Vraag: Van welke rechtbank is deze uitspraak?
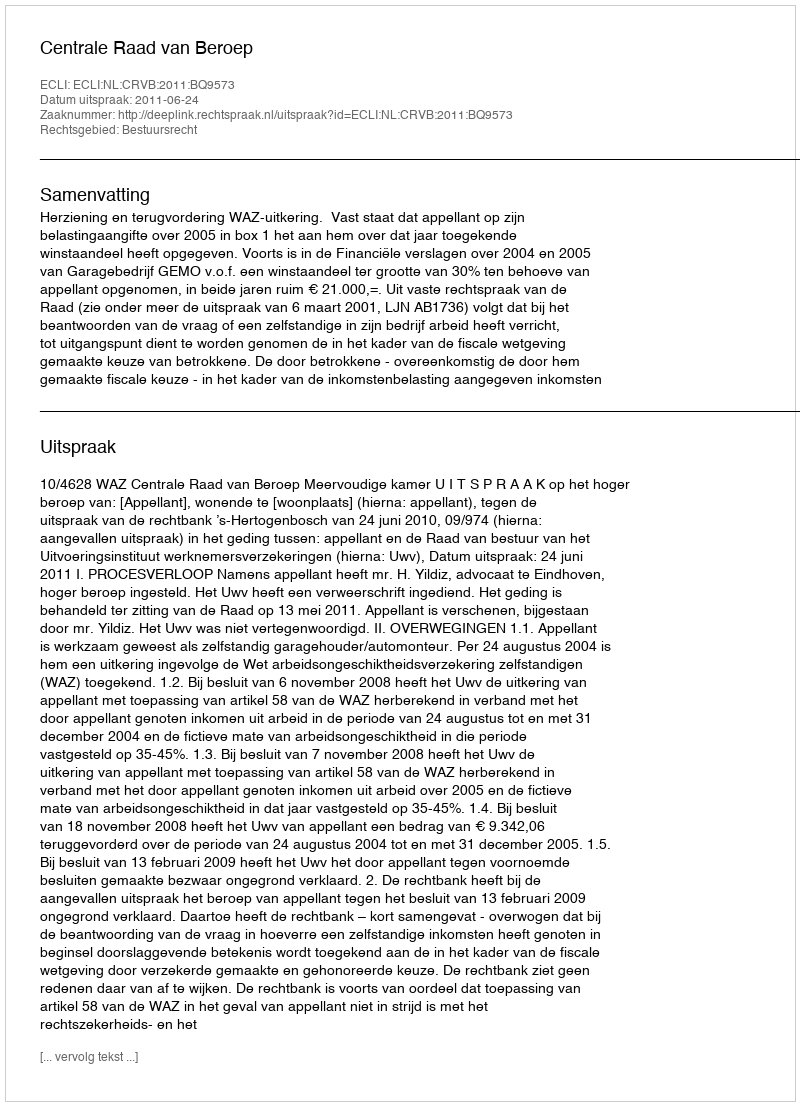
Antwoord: Centrale Raad van Beroep